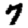
Digit: 7